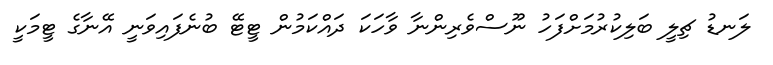
ލަނޑު ޗިލީ ބަލިކުރުމަށްފަހު ނޫސްވެރިންނާ ވާހަކަ ދައްކަމުން ޓީޓޭ ބުނެފައިވަނީ އޭނާގެ ޓީމަކީ